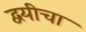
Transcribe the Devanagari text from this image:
द्वयीचा